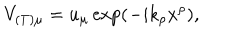
V _ { ( T ) \mu } = u _ { \mu } \exp ( - i k _ { \rho } x ^ { \rho } ) ,